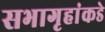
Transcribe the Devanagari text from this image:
सभागृहांकडे